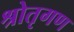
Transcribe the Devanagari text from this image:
श्रोतृगण